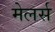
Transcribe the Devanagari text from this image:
मेलर्स